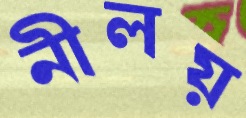
নীলয়